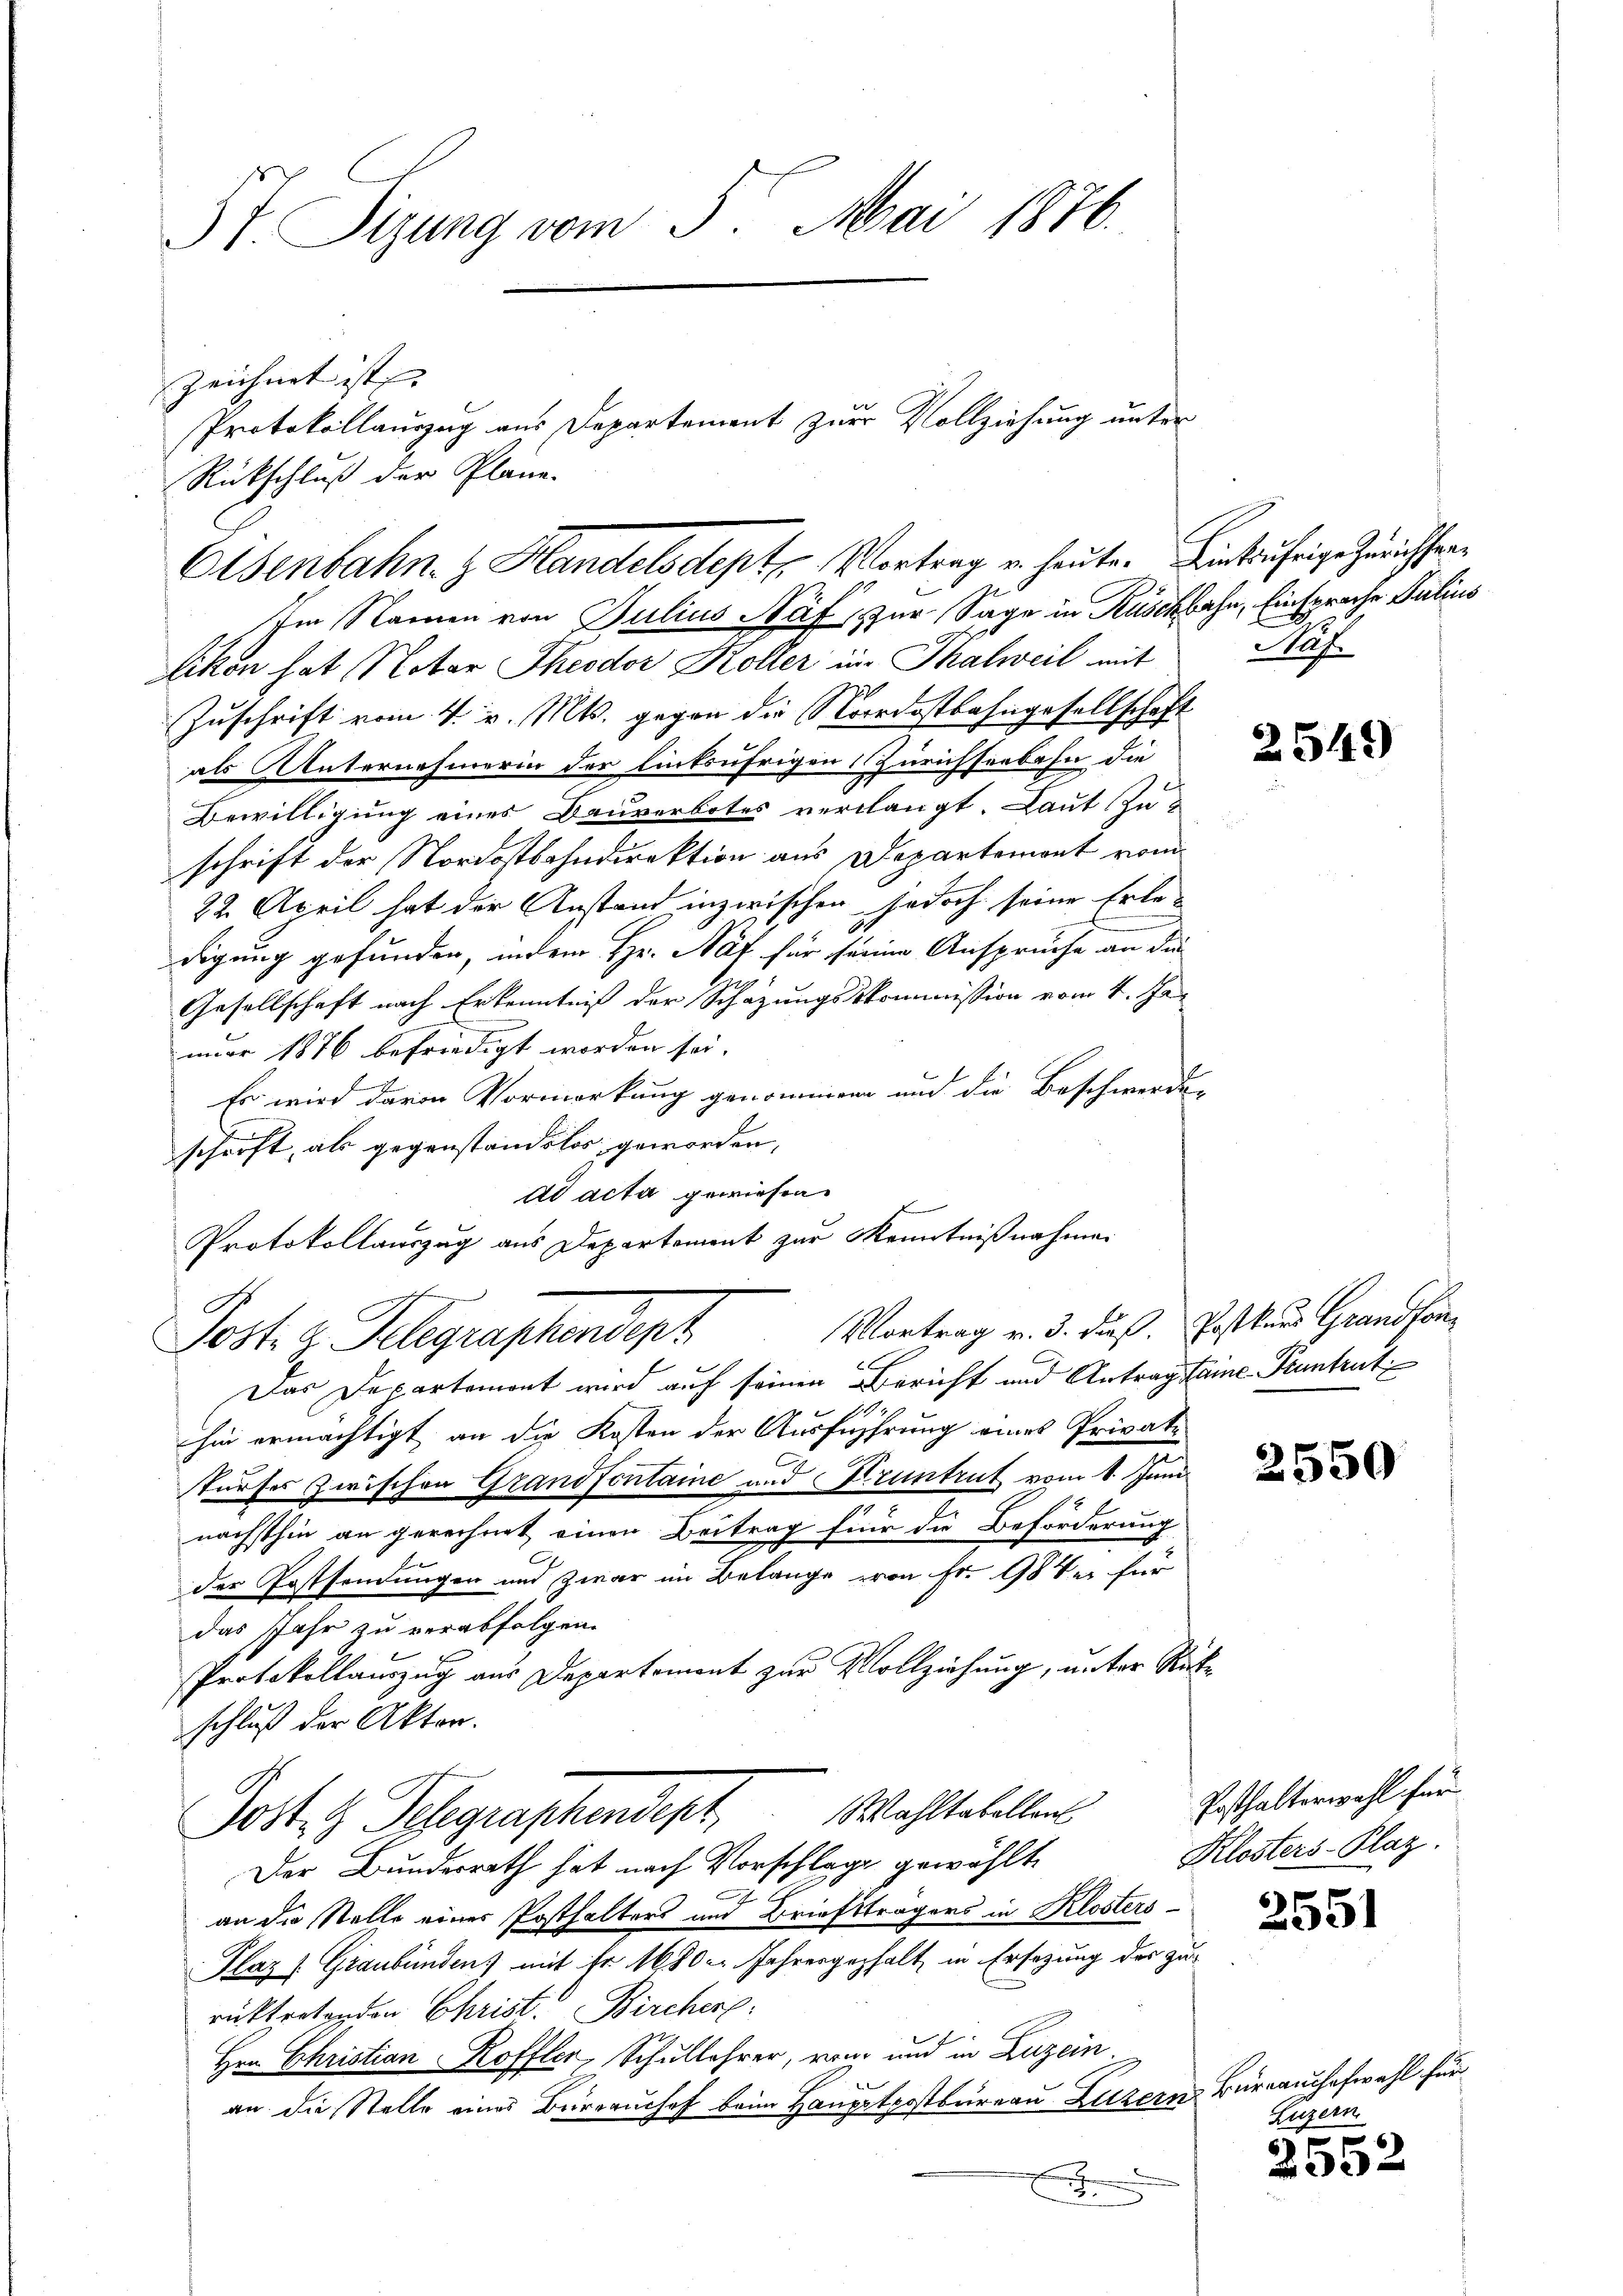
37. Sitzung vom 3. Mai 1876.

zeichnet ist. |
Rückschluß der Pläne.
Im Namen von Julius Näf, zur Sage in Rüschbahn, Einsprache Julius
likon hat Notar Theodor Koller in Thalweil mit
Zuschrift vom 4. v. Mts. gegen die Nordostbahngesellschaft
als Unternehmerin der linksufrigen Zürichseebahn die
Bewilligung eines Bauverbotes verlangt. Laut Zu-
schrift der Nordostbahndirektion aus Departement vom
22. April hat der Anstand inzwischen jedoch seine Erledigung gefunden, indem Hr. Näf für seinen Anspruche an die
Gesellschaft nach Erkenntniß der Schazungskommission vom 4. Ja-
uar 1876 befriedigt worden sei.
Es wird davon Vormerkung genommene und die Beschwerden
schrift, als gegenstandslos geworden,
dd acta gewiesen.
Protokollauszug aus Departement zur Kenntnißnahmen
Vortrag v. 3. Fuß. Postkars Grandson¬
Post. H. Gelegraphendept
C
Das Departemont wird auf seinen Bericht und Antrag staine-Puntrut
1
hin ermächtigt an die Kosten der Ausführung eines Privatturfes zwischen Grandfontaine und Kruntrut vom 1. Juni
nächsthin an gerechnet einen Beitrag für die Beförderung.
der Postsendungen und zwar im Belange von Fr. 98 der für
das Jahr zu verabfolgen.
Protokollauszug aus Departemont zur Vollziehung, unter Rückschluß der Akten.
Posten Schgraphendept, Wahltabellen
Der Bundesrath hat nach Vorschlage gewählt
2
an die Stelle einer Posthalters und Briefsträgers in Klosters-
Plaz Graubünden) mit Fr. 1680 Jahresgehalt in Ersezung der Zurücktretenden Christ. Bircher:
Hrn Christian Roffler, Schullehrer, von und in Luzern.
an die Stelle eines Büreauchef beim Hauptpostbureau Luzern Büreauchefwahl für
x

Osenbahn. z. Handelsdept, Vortrag u. heuten Kinkufrige Zürichten

Protokollauszug aus Departement zur Vollziehung unter

Naf

2549

2550

Posthalterwahl für
Klosters-Plaz.

2551

Luzern

2992